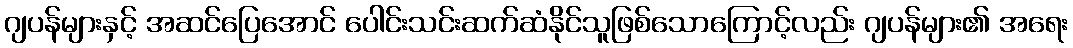
ဂျပန်များနှင့် အဆင်ပြေအောင် ပေါင်းသင်းဆက်ဆံနိုင်သူဖြစ်သောကြောင့်လည်း ဂျပန်များ၏ အရေး